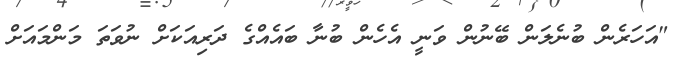
"އަހަރެން ބުނެލަން ބޭނުން ވަނީ އެހެން ބުނާ ބައެއްގެ ދަރިއަކަށް ނުވަތަ މަންމައަށް